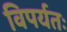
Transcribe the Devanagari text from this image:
विपर्यतः